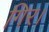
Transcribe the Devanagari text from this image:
गिर।